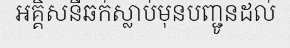
អគ្គិសនីឆក់ស្លាប់មុនបញ្ជូនដល់